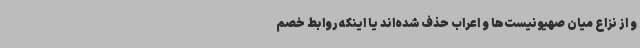
و از نزاع میان صهیونیست‌ها و اعراب حذف شده‌اند یا اینکه روابط خصم